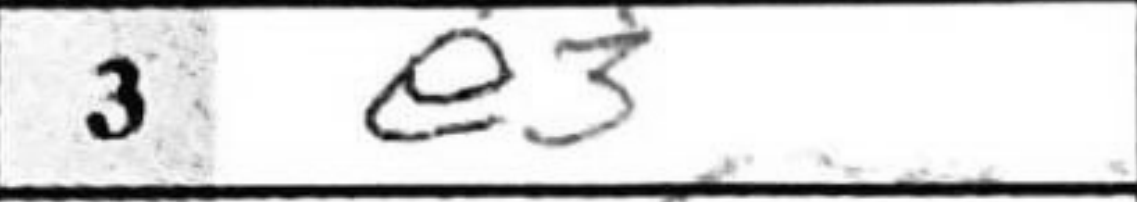
Transcription: e3